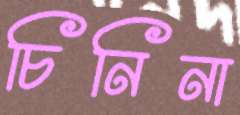
চিনিনা